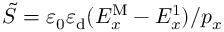
\tilde { S } = \varepsilon _ { 0 } \varepsilon _ { \mathrm { d } } ( E _ { x } ^ { \mathrm { M } } - E _ { x } ^ { \mathrm { 1 } } ) / p _ { x }